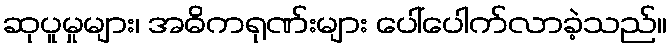
ဆုပူမှုများ၊ အဓိကရုဏ်းများ ပေါ်ပေါက်လာခဲ့သည်။